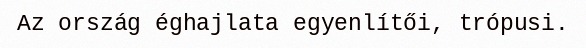
Az ország éghajlata egyenlítői, trópusi.